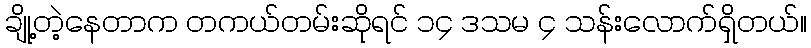
ချို့တဲ့နေတာက တကယ်တမ်းဆိုရင် ၁၄ ဒသမ ၄ သန်းလောက်ရှိတယ်။